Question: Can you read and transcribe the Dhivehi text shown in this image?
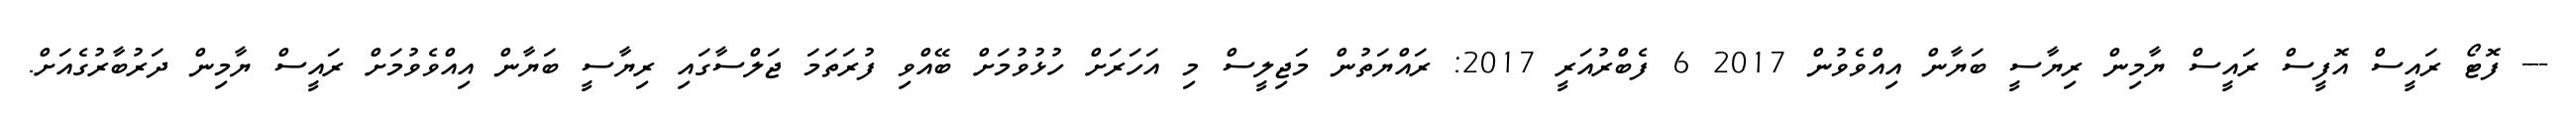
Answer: --- ފޮޓޯ ރައީސް އޮފީސް ރައީސް ޔާމިން ރިޔާސީ ބަޔާން އިއްވެވުން 2017 6 ފެބްރުއަރީ 2017: ރައްޔަތުން މަޖިލީސް މި އަހަރަށް ހުޅުވުމަށް ބޭއްވި ފުރަތަމަ ޖަލްސާގައި ރިޔާސީ ބަޔާން އިއްވެވުމަށް ރައީސް ޔާމިން ދަރުބާރުގެއަށް.